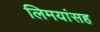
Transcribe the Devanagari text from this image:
लिमयांसह